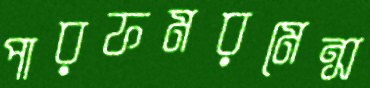
পারফমরমেন্স